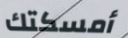
أمسكتك